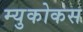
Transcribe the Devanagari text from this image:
म्युकोकस